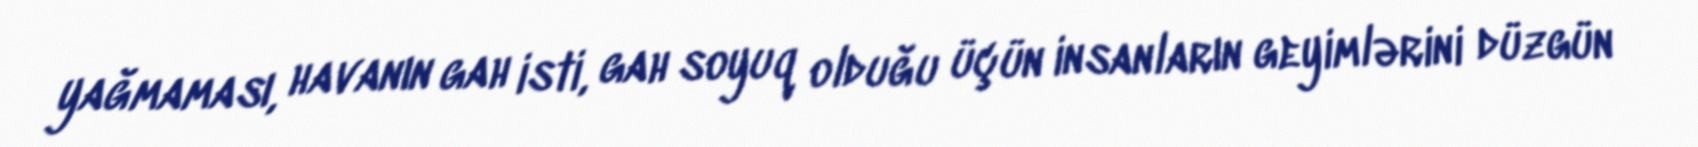
yağmaması, havanın gah isti, gah soyuq olduğu üçün insanların geyimlərini düzgün